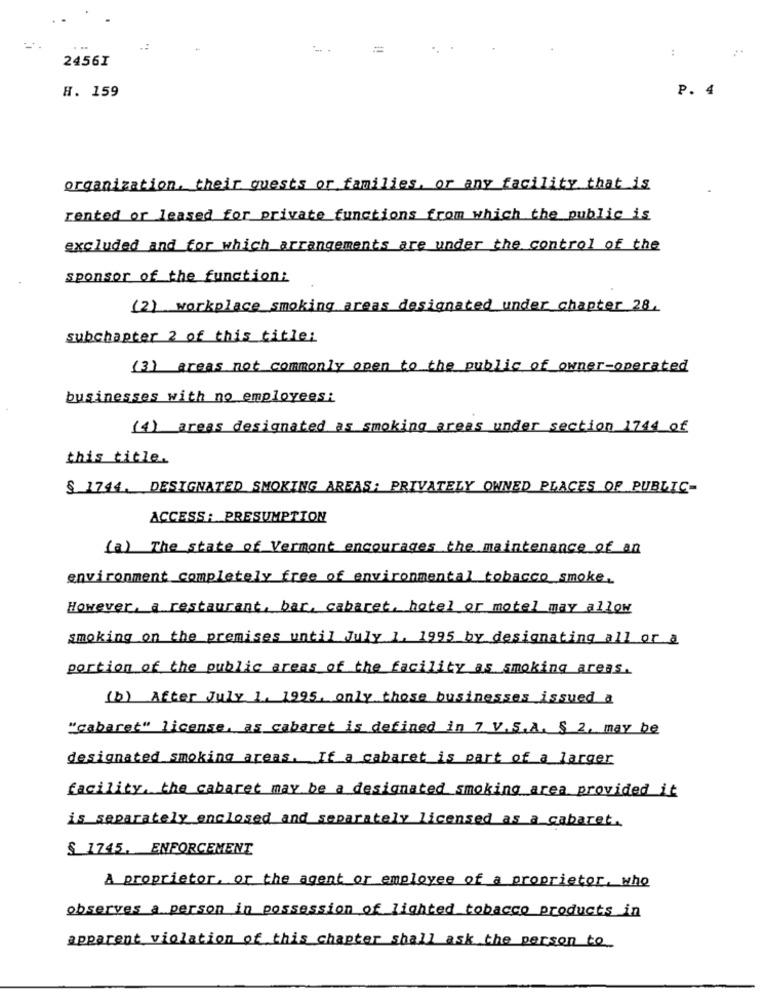
...
:
2456I
H. 159
P. 4
organization. their guests or families, or any facility that is
rented or leased for private functions from which the public is
excluded and for which arrangements are under the control of the
sponsor of the function:
(2) workplace smoking areas designated under chapter 28.
subchapter 2 of this title;
(3) areas not commonly open to the public of owner-operated
businesses with no employees:
(4) areas designated as smoking areas under section 1744 of
this title
§ 1744. DESIGNATED SMOKING AREAS: PRIVATELY OWNED PLACES OF PUBLIC-
ACCESS : PRESUMPTION
(a) The state of Vermont encourages the maintenance of an
environment completely free of environmental tobacco smoke.
However, a restaurant, bar, cabaret, hotel or motel may allow
smoking on the premises until July 1, 1995 by designating all or a
portion of the public areas of the facility as smoking areas.
(b) After July 1. 1995. only those businesses issued a
"cabaret" license, as cabaret is defined in 7 V.S.A. $ 2, may be
designated smoking areas. If a cabaret is part of a larger
facility, the cabaret may be a designated smoking area provided it
is separately enclosed and separately licensed as a cabaret.
$ 1745. ENFORCEMENT
A proprietor, or the agent or employee of a proprietor, who
observes a person in possession of lighted tobacco products in
apparent violation of this chapter shall ask the person to